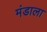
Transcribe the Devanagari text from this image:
मंडाला